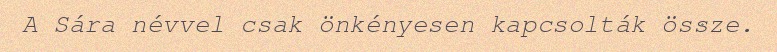
A Sára névvel csak önkényesen kapcsolták össze.